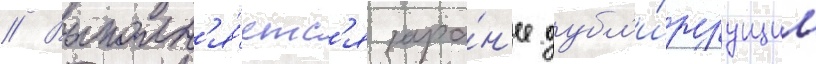
// Выполн'я́етс'я зара́н'ее дубл'и́руущим